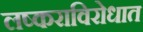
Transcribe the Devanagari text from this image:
लष्कराविरोधात